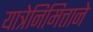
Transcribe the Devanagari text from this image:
यात्रेनिमित्ताने